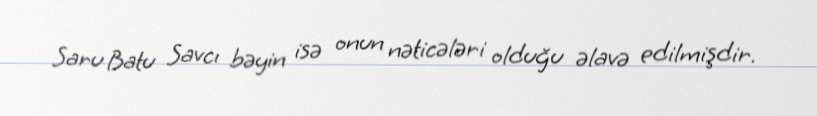
Saru Batu Savcı bəyin isə onun nəticələri olduğu əlavə edilmişdir.